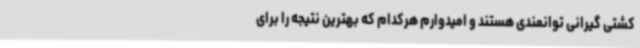
کشتی گیرانی توانمندی هستند و امیدوارم هرکدام که بهترین نتیجه را برای